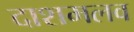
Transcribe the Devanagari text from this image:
दाशमलव